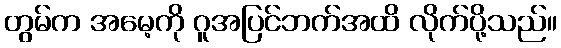
တွမ်က အမေ့ကို ဂူအပြင်ဘက်အထိ လိုက်ပို့သည်။